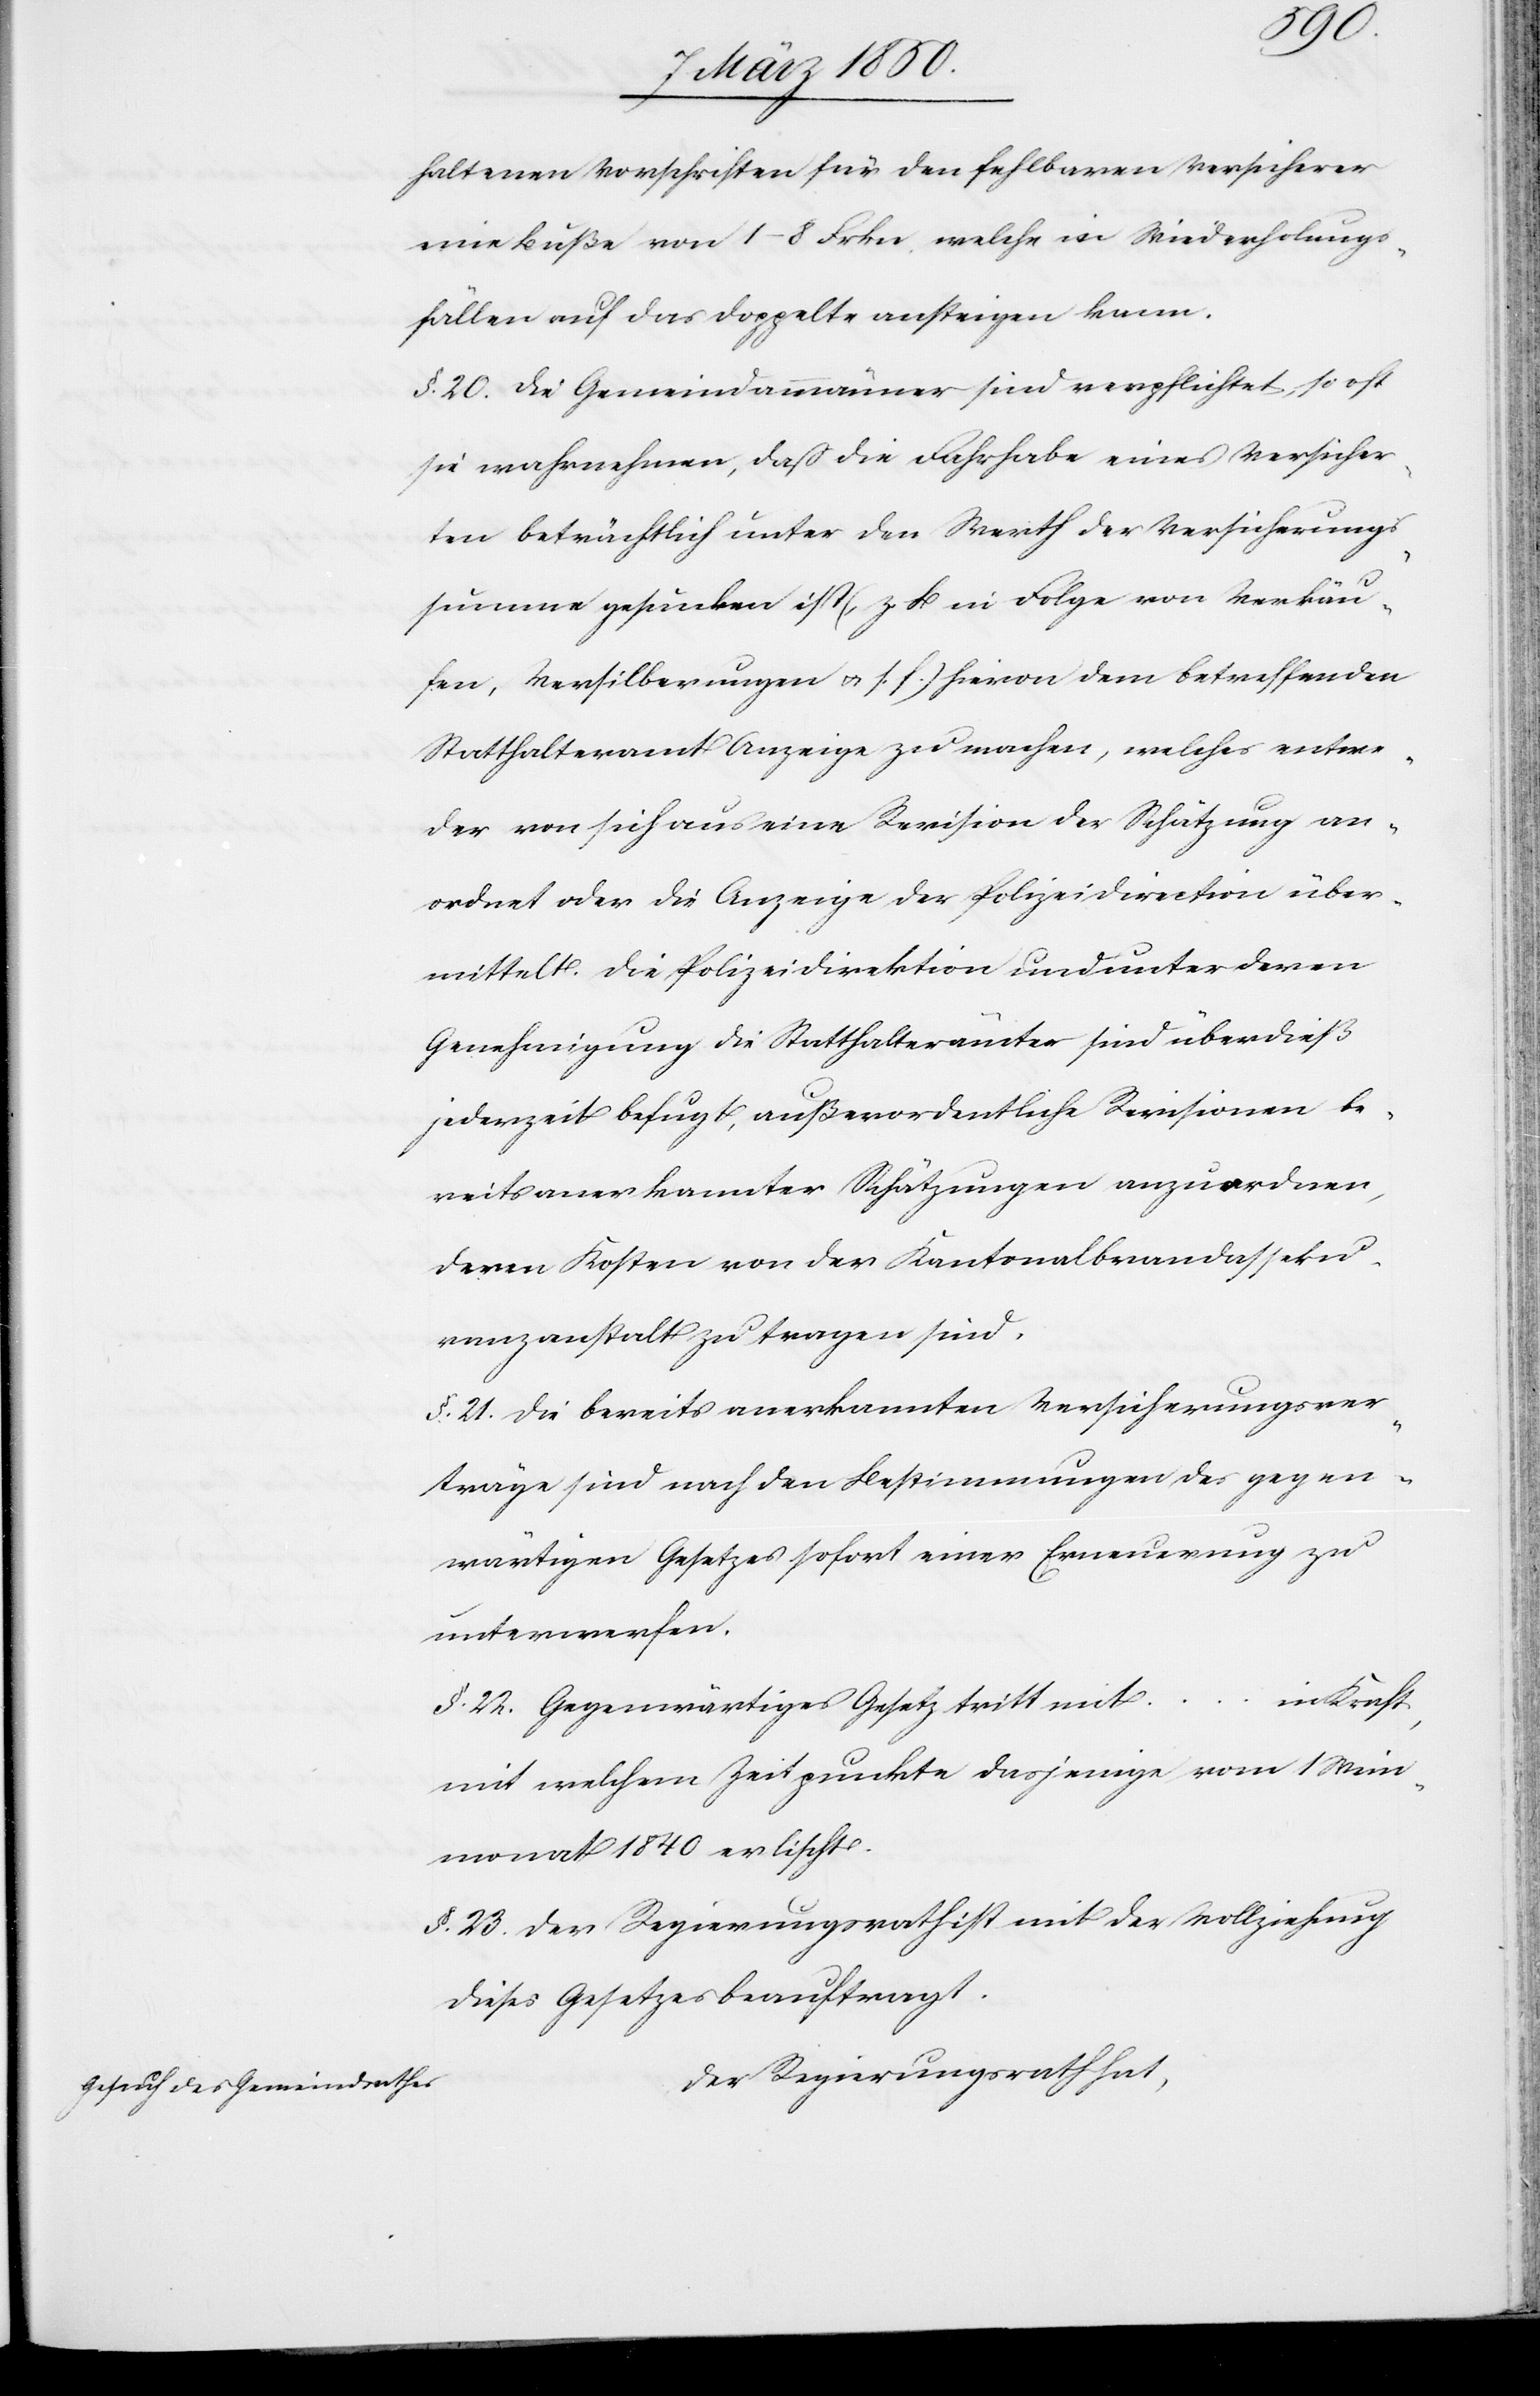
entwe¬
haltenen Vorschriften für den fehlbaren Versicherer
eine Buße von 1–8 Frkn, welche in Wiederholungs¬
fällen auf das Doppelte ansteigen kann.
§. 20. Die Gemeindammänner sind verpflichtet, so oft
sie wahrnehmen, daß die Fahrhabe eines Versicher¬
ten beträchtlich unter den Werth der Versicherungs¬
summe gesunken ist, (z. B in Folge von Verkäu¬
fen, Versilberungen u. s. f.) dem betreffenden Statthalteramt
der von sich aus eine Revision der Schätzung an¬
ordnet oder die Anzeige der Polizeidirection über¬
mittelt. Die Polizeidirektion und unter deren
Genehmigung die Statthalterämter sind überdieß
jederzeit befugt, außerordentliche Revisionen be¬
reits anerkannter Schätzungen anzuordnen,
deren Kosten von der Kantonalbrandasseku¬
ranzanstalt zu tragen sind.
§. 21. Die bereits anerkannten Versicherungsver¬
träge sind nach den Bestimmungen des gegen¬
wärtigen Gesetzes sofort einer Erneuerung zu
unterwerfen.
in Kraft,
§. 22. Gegenwärtiges Gesetz tritt mit …
mit welchem Zeitpunkte dasjenige vom 1 Wein¬
monat 1840 erlischt.
§. 23. Der Regierungsrath ist mit der Vollziehung
dieses Gesetzes beauftragt.
Der Regierungsrath hat,